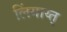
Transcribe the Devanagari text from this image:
लिंगाय्त्